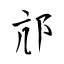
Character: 邟